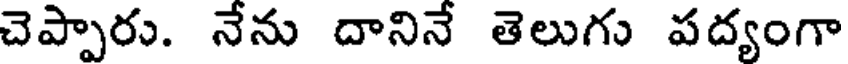
చెప్పారు. నేను దానినే తెలుగు పద్యంగా